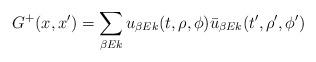
LaTeX: \begin{align*}G^+(x,x')= \sum_{\beta E k} u_{\beta E k}(t,\rho,\phi) \bar{u}_{\beta Ek}(t',\rho',\phi')\end{align*}